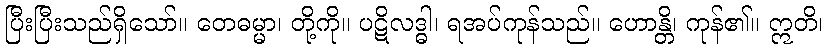
ပြီးပြီးသည်ရှိသော်။ တေဓမ္မာ၊ တို့ကို။ ပဋိလဒ္ဓါ၊ ရအပ်ကုန်သည်။ ဟောန္တိ၊ ကုန်၏။ ဣတိ၊